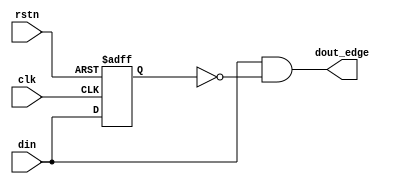
module edvr_edge_det #(parameter EDGE = 1'b1) (
  input clk,
  input rstn,
  input din,
 output dout_edge 
);

reg din_d1;

always @(posedge clk or negedge rstn) begin
  if(!rstn)
    din_d1 <= ~EDGE;
  else
    din_d1 <= din;
end
assign dout_edge = EDGE ? din & ~din_d1 : ~din & din_d1;

endmodule